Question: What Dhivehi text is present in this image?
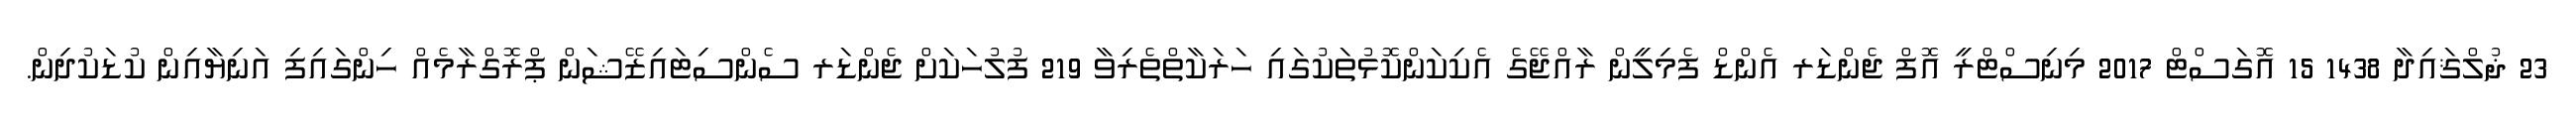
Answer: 23 ޛުލްޤައިދާ 1438 15 އޮގަސްޓް 2017 މިނިސްޓްރީ އޮފް ޖެންޑަރ އެންޑް ފެމިލީން ރާއްޖޭގެ އެކިކަންކޮޅުތަކުގައި ހަރަކާތްތެރިވާ 219 ފުލުހަކަށް ޖެންޑަރ ސެންސިޓައިޒޭޝަން ޕްރޮގްރާމެއް ހިންގައިފި އަނިޔާއިން ކުޑަކުދިން.